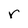
Character: r